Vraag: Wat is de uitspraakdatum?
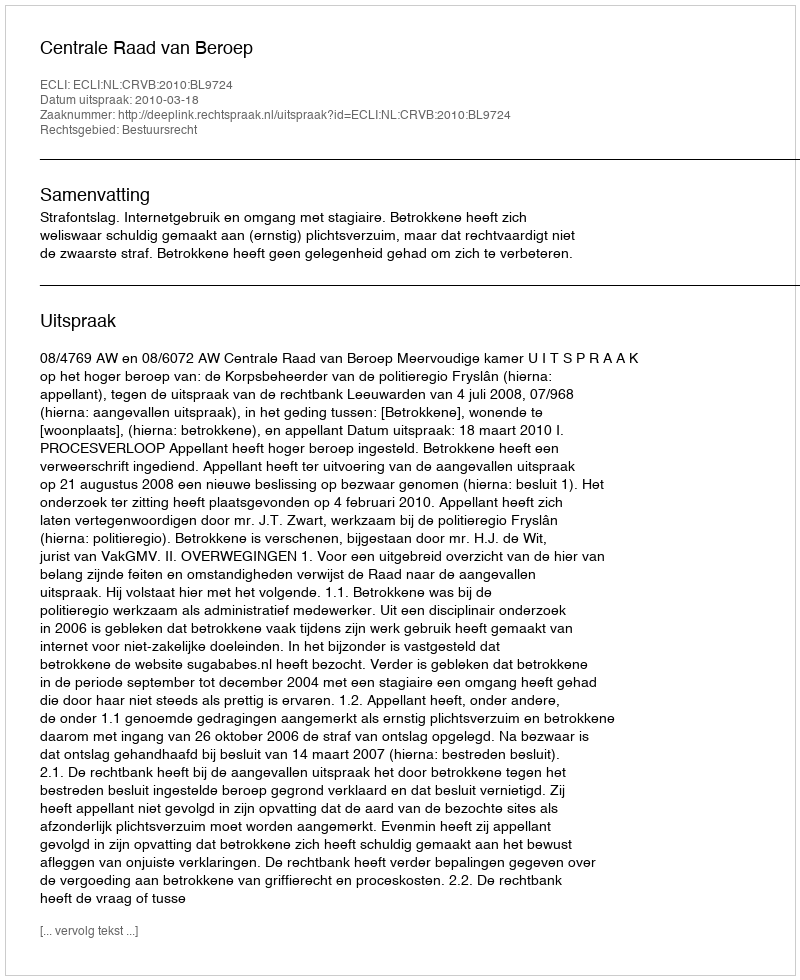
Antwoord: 2010-03-18